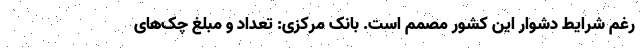
رغم شرایط دشوار این کشور مصمم است. بانک مرکزی: تعداد و مبلغ چک‌های